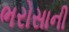
ભરોસાની